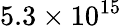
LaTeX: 5.3\times 10^{15}